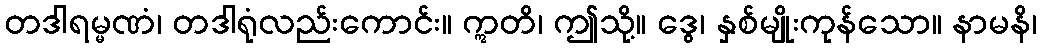
တဒါရမ္မဏံ၊ တဒါရုံလည်းကောင်း။ ဣတိ၊ ဤသို့။ ဒွေ၊ နှစ်မျိုးကုန်သော။ နာမနိ၊